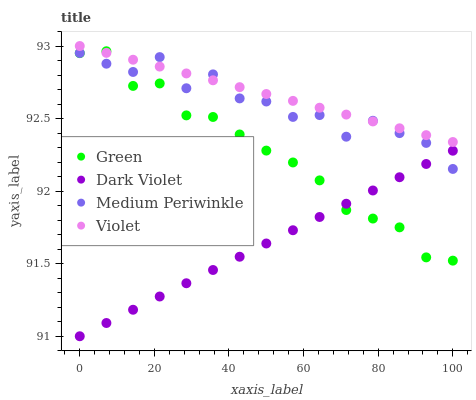
| xaxis_label | Green | Dark Violet | Medium Periwinkle | Violet |
 | --- | --- | --- | --- | --- |
 | 0 | 93 | 91 | 93 | 93 |
 | 7.14 | 93 | 91.1 | 92.9 | 93 |
 | 14.3 | 92.7 | 91.2 | 92.8 | 92.9 |
 | 21.4 | 92.7 | 91.3 | 92.9 | 92.9 |
 | 28.6 | 92.5 | 91.4 | 92.7 | 92.8 |
 | 35.7 | 92.5 | 91.5 | 92.8 | 92.8 |
 | 42.9 | 92.4 | 91.5 | 92.6 | 92.7 |
 | 50 | 92.3 | 91.6 | 92.6 | 92.7 |
 | 57.1 | 92.2 | 91.7 | 92.5 | 92.6 |
 | 64.3 | 92.1 | 91.8 | 92.5 | 92.6 |
 | 71.4 | 91.9 | 91.9 | 92.4 | 92.5 |
 | 78.6 | 91.8 | 92 | 92.5 | 92.5 |
 | 85.7 | 91.8 | 92.1 | 92.4 | 92.4 |
 | 92.9 | 91.5 | 92.2 | 92.3 | 92.4 |
 | 100 | 91.5 | 92.3 | 92.2 | 92.3 |